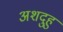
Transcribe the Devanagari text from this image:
अशदुहु